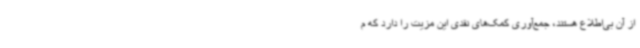
از آن بی‌اطلاع هستند، جمع‌آوری کمک‌های نقدی این مزیت را دارد که م